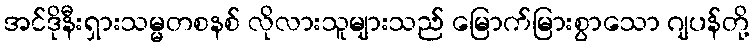
အင်ဒိုနီးရှားသမ္မတစနစ် လိုလားသူများသည် မြောက်မြားစွာသော ဂျပန်တို့